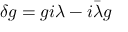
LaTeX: \delta g = g i \lambda - i \bar { \lambda } g